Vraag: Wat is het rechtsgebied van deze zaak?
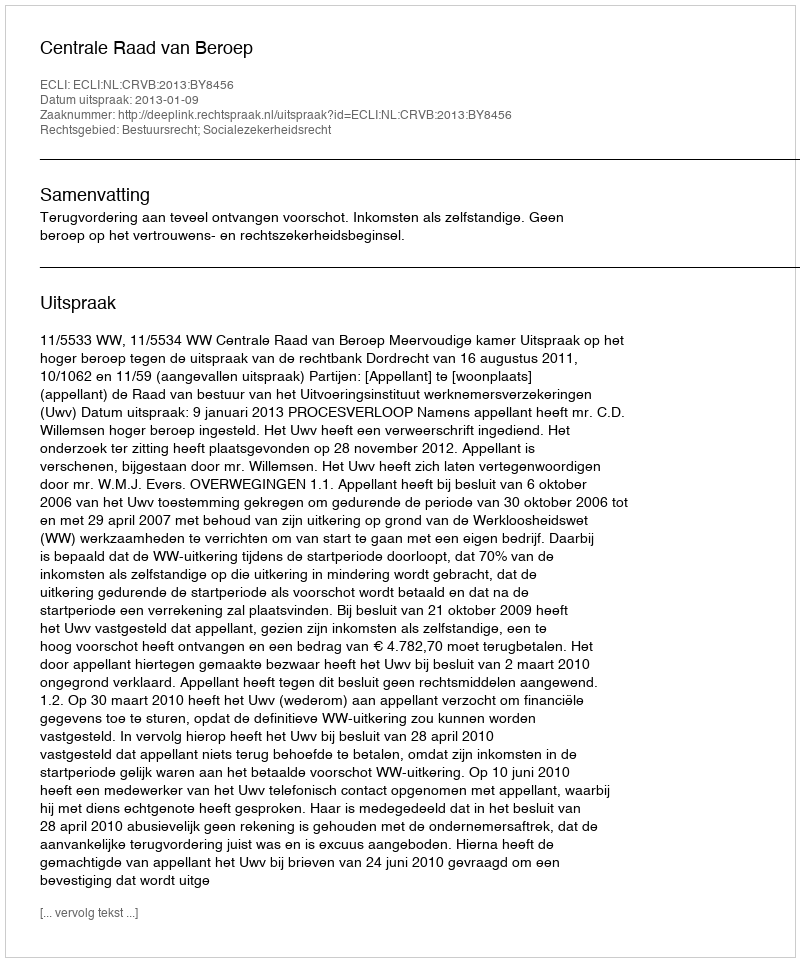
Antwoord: Bestuursrecht; Socialezekerheidsrecht